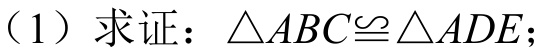
（1）求证：$\triangle ABC\cong\triangle ADE$；